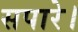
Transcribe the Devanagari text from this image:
सपारे।